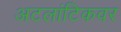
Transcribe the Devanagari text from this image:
अटलांटिकवर